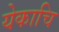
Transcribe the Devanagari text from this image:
येकाचि